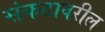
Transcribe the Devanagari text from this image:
संकटावरील